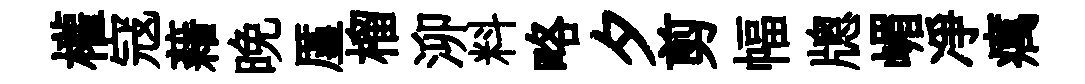
權寇藉晩厪榴泖料略夕剪幅牕嵋凈癘